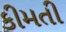
કીમતી